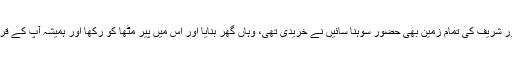
درگاہ رحمت پور شریف کی تمام زمین بھی حضور سوہنا سائیںؒ نے خریدی تھی، وہاں گھر بنایا اور اس میں پیر مٹھاؒ کو رکھا اور ہمیشہ آپ کے قریب ہوتے تھے۔